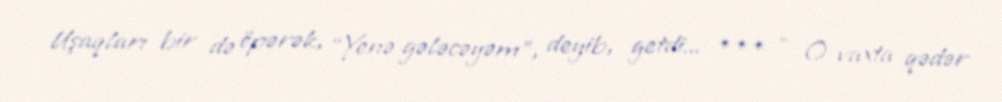
Uşaqları bir də öpərək, “Yenə gələcəyəm”, deyib, getdi... *** - O vaxta qədər